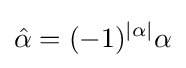
{\hat {\alpha }}=(-1)^{|\alpha |}\alpha